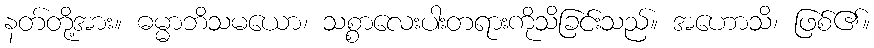
နတ်တို့အား။ ဓမ္မာဘိသမယော၊ သစ္စာလေးပါးတရားကိုသိခြင်းသည်။ အဟောသိ၊ ဖြစ်၏။